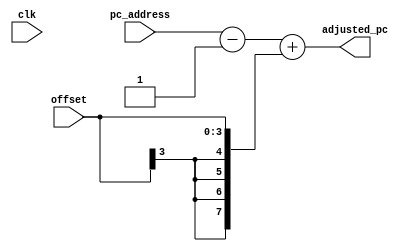
module branch_pc(input clk,
input [7:0] pc_address,
                 input [3:0] offset,
                 output reg [7:0] adjusted_pc);
                 
always@( * )
begin
    adjusted_pc = (pc_address-1) + { {4{offset[3]}}, offset};
end

endmodule